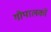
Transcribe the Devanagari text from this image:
गौपालकों